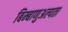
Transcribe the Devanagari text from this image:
बिम्बाणुअल्पता